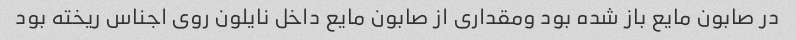
در صابون مایع باز شده بود ومقداری از صابون مایع داخل نایلون روی اجناس ریخته بود